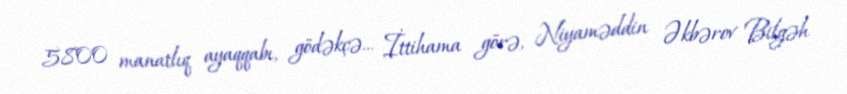
5800 manatlıq ayaqqabı, gödəkçə... İttihama görə, Niyaməddin Əkbərov Bilgəh